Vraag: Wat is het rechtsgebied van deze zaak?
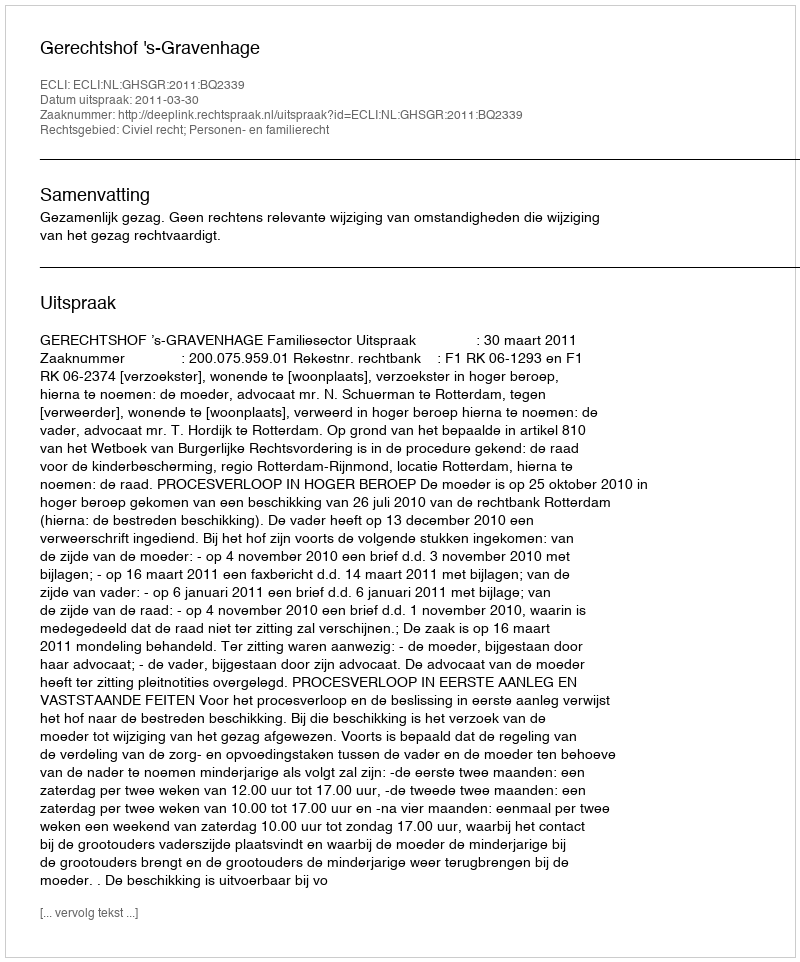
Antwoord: Civiel recht; Personen- en familierecht